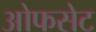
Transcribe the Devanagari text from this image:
ओफसेट